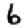
Digit: 6